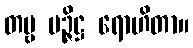
တမ္ဗ မဉ္ဇိဋ္ဌ ရောဟိတာ။